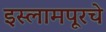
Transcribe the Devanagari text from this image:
इस्लामपूरचे